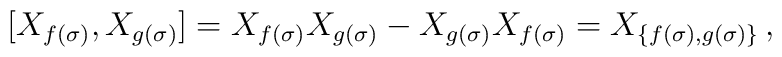
[X_{f(\sigma)},X_{g(\sigma)}]  =X_{f(\sigma)}X_{g(\sigma)}-X_{g(\sigma)}X_{f(\sigma)}  =X_{\{f(\sigma),g(\sigma)\}}\,,